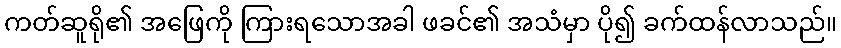
ကတ်ဆူရို၏ အဖြေကို ကြားရသောအခါ ဖခင်၏ အသံမှာ ပို၍ ခက်ထန်လာသည်။